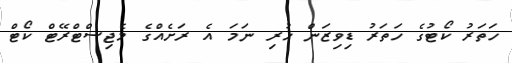
ހަތަރު ކޯޓުގެ ހަތަރު ޑިވިޒަން ހުރި ނަމަ އެ ރަށެއްގެ މެޖިސްޓްރޭޓް ކޯޓް